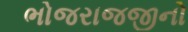
ભોજરાજજીનો